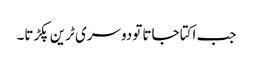
جب اکتا جاتا تودوسری ٹرین پکڑتا۔